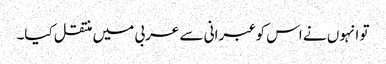
تو انہوں نے اس کو عبرانی سے عربی میں منتقل کیا۔